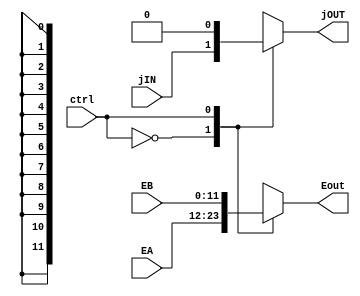
module muxEndereco (ctrl, jIN, EA,EB, jOUT, Eout);
	input ctrl, jIN;
	input [11:0] EA, EB;
	output reg jOUT;
	output reg [11:0] Eout;
	
	always @(*) begin
		case (ctrl)
			1'b0: begin Eout = EA;	
							jOUT = jIN;
					end
			1'b1: begin Eout = EB;
							jOUT = 0;
					end
		endcase
	end
endmodule